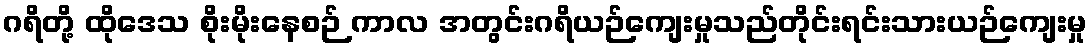
ဂရိတို့ ထိုဒေသ စိုးမိုးနေစဉ် ကာလ အတွင်းဂရိယဉ်ကျေးမှုသည်တိုင်းရင်းသားယဉ်ကျေးမှု